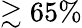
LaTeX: \gtrsim 65\%